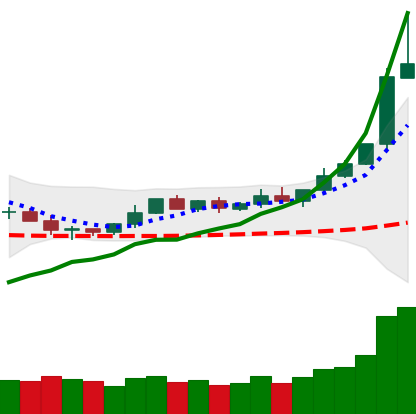
Ticker: DOGE-USD
Chart end date: 2020-02-09
Forward return: -3.156%
Label: down_3_5